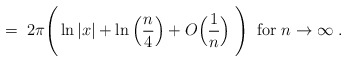
\begin{align*}= \;2\pi \Bigg( \ln|x| + \ln\Big(\frac{n}{4}\Big) + O\Big(\frac{1}{n}\Big)\; \Bigg) \; \;\mbox{for} \; n \rightarrow \infty \; .\end{align*}